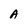
Character: A